Report of the Indian Hemp Drugs Commission, 1894-1895 - Volume VII
Year: 1894
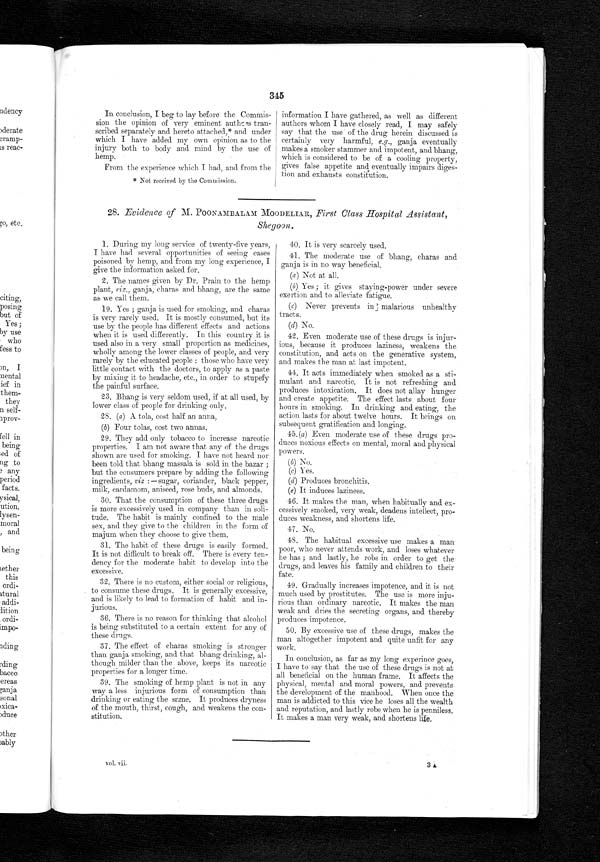
345
In conclusion, I beg to lay before the Commis-
sion the opinion of very eminent authors tran-
scribed separately and hereto attached,* and under
which I have added my own opinion as to the
injury both to body and mind by the use of
hemp.
From the experience which I had, and from the
* Not received by the Commission.
information I have gathered, as well as different
authors whom I have closely read, I may safely
say that the use of the drug herein discussed is
certainly very harmful, e.g ., ganja eventually
makes a smoker stammer and impotent, and bhang,
which is considered to be of a cooling property,
gives false appetite and eventually impairs diges-
tion and exhausts constitution.
28. Evidence of M. POONAMBALAM MOODELIAR, First Class Hospital Assistant,
Shegoon.
1. During my long service of twenty-five years,
I have had several opportunities of seeing cases
poisoned by hemp, and from my long experience, I
give the information asked for.
2. The names given by Dr. Prain to the hemp
plant, viz., ganja, charas and bhang, are the same
as we call them.
1 9 . Y e s ; g a n j a i s u s e d f o r s m o k i n g , a n d c h a r a s
is very rarely used. It is mostly consumed, but its
use by the people has different effects and actions
when it is used differently. In this country it is
used also in a very small proportion as medicines,
wholly among the lower classes of people, and very
rarely by the educated people : those who have very
little contact with the doctors, to apply as a paste
by mixing it to headache, etc., in order to stupefy
the painful surface.
23. Bhang is very seldom used, if at all used, by
lower class of people for drinking only.
28. (a) A tola, cost half an anna,
(b) Four tolas, cost two annas.
29. They add only tobacco to increase narcotic
properties. I am not aware that any of the drugs
shown are used for smoking. I have not heard nor
been told that bhang massala is sold in the bazar ;
but the consumers prepare by adding the following
ingredients, viz : — sugar, coriander, black pepper,
milk, cardamom, aniseed, rose buds, and almonds.
30. That the consumption of these three drugs
is more excessively used in company than in soli-
tude. The habit is mainly confined to the male
sex, and they give to the children in the form of
majum when they choose to give them.
31. The habit of these drugs is easily formed.
It is not difficult to break off. There is every ten-
dency for the moderate habit to develop into the
excessive.
32. There is no custom, either social or religious,
to consume these drugs. It is generally excessive,
and is likely to lead to formation of habit and in-
jurious.
36. There is no reason for thinking that alcohol
is being substituted to a certain extent for any of
these drugs.
37. The effect of charas smoking is stronger
than ganja smoking, and that bhang drinking, al-
though milder than the above, keeps its narcotic
properties for a longer time.
39. The smoking of hemp plant is not in any
way a less injurious form of consumption than
drinking or eating the
same. It produces dryness
of the mouth, thirst, cough, and weakens the con-
stitution.
40. It is very scarcely used.
41. The moderate use of bhang, charas and
ganja is in no way beneficial.
(a ) Not at all.
(b) Yes ; it gives staying-power under severe
exertion and to alleviate fatigue.
(c) Never prevents in malarious unhealthy
tracts.
(d) No.
42. Even moderate use of these drugs is injur-
ious, because it produces laziness, weakens the
constitution, and acts on the generative system,
and makes the man at last impotent.
44. It acts immediately when smoked as a sti-
mulant and narcotic. It is not refreshing and
produces intoxication. It does not allay hunger
and create appetite. The effect lasts about four
hours in smoking. In drinking and eating, the
action lasts for about twelve hours. It brings on
subsequent gratification and longing.
45. (a) Even moderate use of these drugs pro-
duces noxious effects on mental,
mo ral and physical
powers.
(b) No.
(c) Yes.
(d) Produces bronchitis.
(e) It induces laziness.
46. It makes the man, when habitually and ex-
cessively smoked, very weak, deadens intellect, pro-
. duces weakness, and shortens life.
47. No.
48. The habitual excessive use makes a man
poor, who never attends work, and loses whatever
he has ; and lastly, he robs in order to get the
drugs, and leaves his family and children to their
fate.
49. Gradually increases impotence, and it is not
much used by prostitutes. The use is more inju-
rious than ordinary narcotic. It makes the man
weak and dries the secreting organs, and thereby
produces impotence.
50. By excessive use of these drugs, makes the
man altogether impotent and quite unfit for any
work.
In conclusion, as far as my long experince goes,
I have to say that the use of these drugs is not at
all beneficial on the human frame. It affects the
physical, mental and moral powers, and prevents
the development of the manhood. When once the
man is addicted to this vice he loses all the wealth
and reputation, and lastly robs when he is penniless.
It makes a man very weak, and shortens life.
vol. vii.
3A